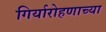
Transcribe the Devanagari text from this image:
गिर्यारोहणाच्या